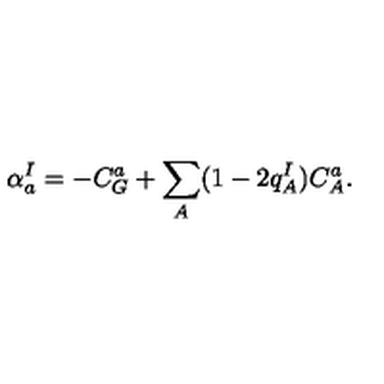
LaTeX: \alpha _ { a } ^ { I } = - C _ { G } ^ { a } + \sum _ { A } ( 1 - 2 q _ { A } ^ { I } ) C _ { A } ^ { a } .